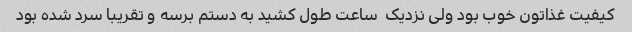
کیفیت غذاتون خوب بود ولی نزدیک  ساعت طول کشید به دستم برسه و تقریبا سرد شده بود